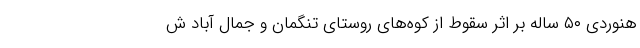
هنوردی ۵۰ ساله بر اثر سقوط از کوه‌های روستای تنگمان و جمال آباد ش